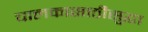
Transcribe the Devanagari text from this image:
चालकासाठीसुद्धा